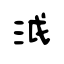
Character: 泧